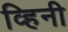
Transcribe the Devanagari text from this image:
व्हिनी